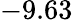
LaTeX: -9.63